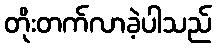
တိုးတက်လာခဲ့ပါသည်